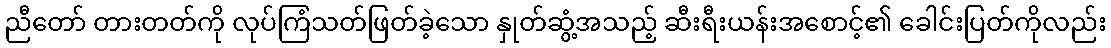
ညီတော် တားတတ်ကို လုပ်ကြံသတ်ဖြတ်ခဲ့သော နှုတ်ဆွံ့အသည့် ဆီးရီးယန်းအစောင့်၏ ခေါင်းပြတ်ကိုလည်း